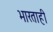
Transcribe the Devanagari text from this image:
भारताही